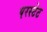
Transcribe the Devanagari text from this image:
परस्टेट